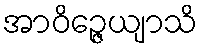
အာဝိဉ္ဇေယျာသိ